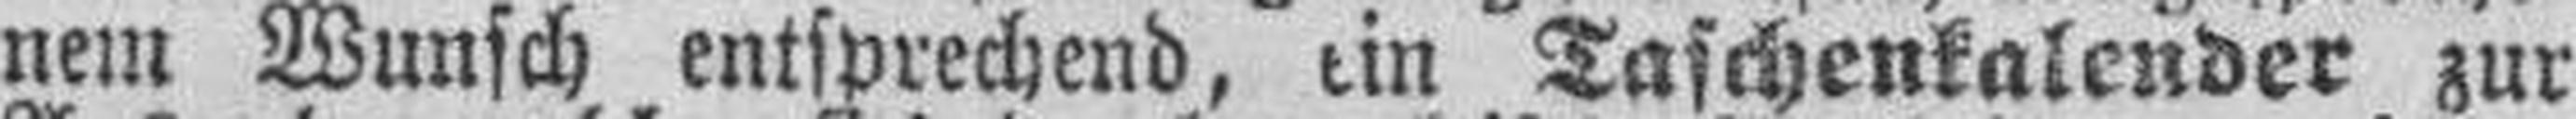
nem Wunsch entsprechend, ein Taschenkalender zur